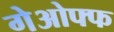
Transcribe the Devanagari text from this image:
गेओफ्फ